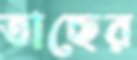
তাছের